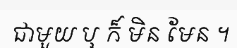
ជាមួយ ឬ ក៏ មិន មែន ។